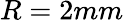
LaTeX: R=2mm